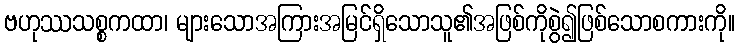
ဗဟုဿသစ္စကထာ၊ များသောအကြားအမြင်ရှိသောသူ၏အဖြစ်ကိုစွဲ၍ဖြစ်သောစကားကို။